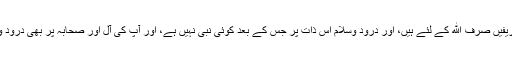
تمام تعريفيں صرف الله کے لئے ہيں، اور درود وسلام اس ذات پر جس کے بعد کوئی نبی نہیں ہے، اور آپ کی آل اور صحابہ پر بھی درود و سلام ۔